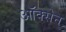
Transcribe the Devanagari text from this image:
ऑक्सेन